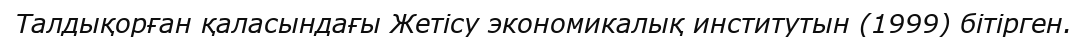
Талдықорған қаласындағы Жетісу экономикалық институтын (1999) бітірген.